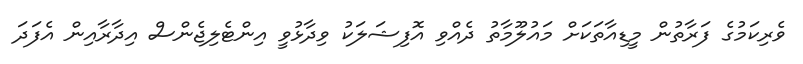
ވެރިކަމުގެ ފަރާތުން މީޑިއާތަކަށް މައުލޫމާތު ދެއްވި އޮފިޝަލަކު ވިދާޅުވީ އިންޓެލިޖެންސް އިދާރާއިން އެފަދަ